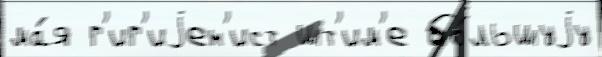
ма́я г'иг'иjен'ист шт'им'е бо́льшуjу